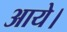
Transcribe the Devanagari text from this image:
आयेे।